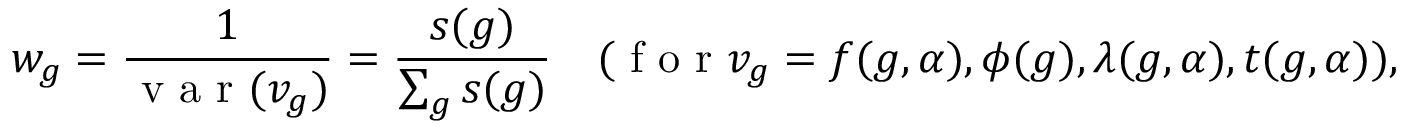
w _ { g } = \frac { 1 } { \mathrm { ~ v ~ a ~ r ~ } ( v _ { g } ) } = \frac { s ( g ) } { \sum _ { g } s ( g ) } \quad ( \mathrm { ~ f ~ o ~ r ~ } v _ { g } = f ( g , \alpha ) , \phi ( g ) , \lambda ( g , \alpha ) , t ( g , \alpha ) ) ,